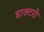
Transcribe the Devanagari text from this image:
डाक्टरो